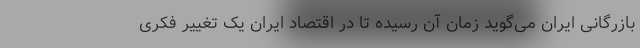
بازرگانی ایران می‌گوید زمان آن رسیده تا در اقتصاد ایران یک تغییر فکری